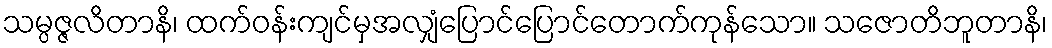
သမ္ပဇ္ဇလိတာနိ၊ ထက်ဝန်းကျင်မှအလျှံပြောင်ပြောင်တောက်ကုန်သော။ သဇောတိဘူတာနိ၊